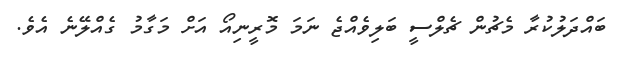
ބައްދަލުކުރާ މެޗުން ޗެލްސީ ބަލިވެއްޖެ ނަަމަ މޮރީނިއޯ އަށް މަގާމު ގެއްލޭނެ އެވެ.